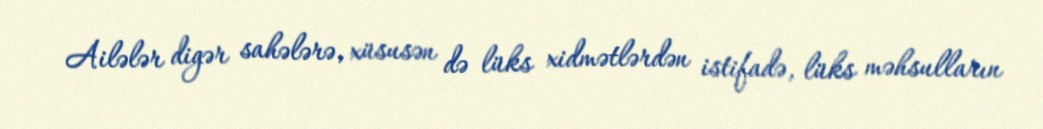
Ailələr digər sahələrə, xüsusən də lüks xidmətlərdən istifadə, lüks məhsulların